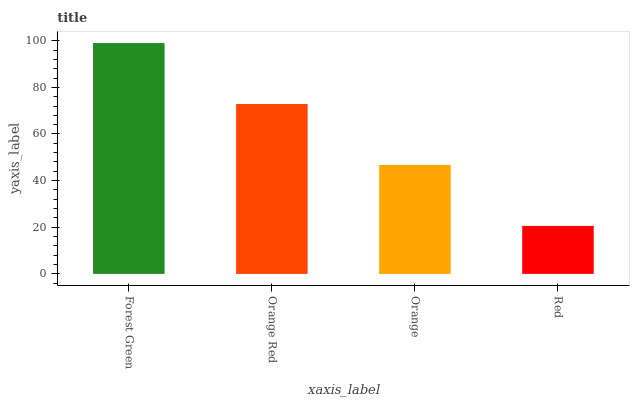
| xaxis_label | bars |
 | --- | --- |
 | Forest Green | 99 |
 | Orange Red | 72.9 |
 | Orange | 46.7 |
 | Red | 20.6 |